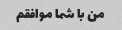
من با شما موافقم